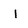
Character: I